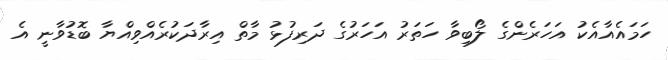
ހަމައެއާއެކު އަހަރެންގެ ލޯބިވާ ހަތަރު އަހަރުގެ ދަރިފުޅު މާތް އިރާދަކުރެއްވިއްޔާ ބޮޑުވާނީ އެ